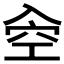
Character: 𠓯